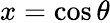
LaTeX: x=\cos\theta